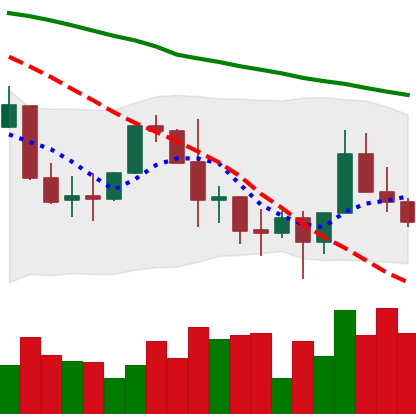
Ticker: XLM-USD
Chart end date: 2022-01-15
Forward return: -10.889%
Label: down_7plus